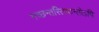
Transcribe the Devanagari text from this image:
गच्छन्तस्तिष्ठन्तोऽपि